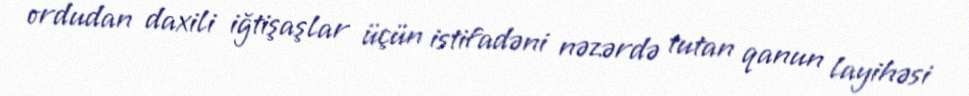
ordudan daxili iğtişaşlar üçün istifadəni nəzərdə tutan qanun layihəsi